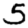
Digit: 5